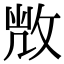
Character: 𢽆